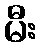
မီး